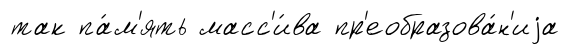
так па́м'ять масс'и́ва пр'еобразова́н'иjа